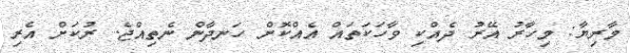
މާރިޔާ: މިހާރު އޭރު ދެއްކި ވާހަކަތައް އެއްކޮށް ހަނދާން ނެތިއްޖެ. ރުކަށް އެރި